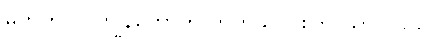
မဟုတ်ပါ။ ကျွန်တော်က ကတ်သလစ်ဘာသာဝင်ပါ။